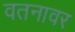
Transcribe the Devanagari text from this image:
वतनावर